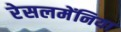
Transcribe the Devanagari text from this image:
रेसलमेंनिया